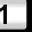
Digit: 1